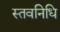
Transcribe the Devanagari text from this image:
स्तवनिधि